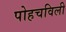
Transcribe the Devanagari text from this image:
पोहचविली